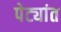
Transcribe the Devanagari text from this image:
पेट्यांत